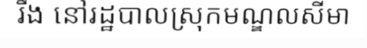
រឹង នៅរដ្ឋបាលស្រុកមណ្ឌលសីមា